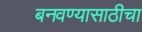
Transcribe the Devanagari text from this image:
बनवण्यासाठीचा